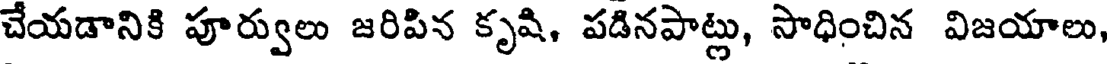
చేయడానికి పూర్వులు జరిపిన కృషి, పడినపాట్లు, సాధించిన విజయాలు,